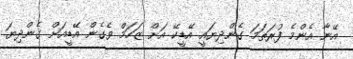
އޭނާ އެންމެ ފުރަތަމަ ގެންދިޔައީ އޭޑީކޭ އަށް ޒަހަމް ވެގެން އޭޑީއަށް ގެންދިޔަ